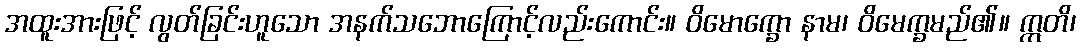
အထူးအားဖြင့် လွတ်ခြင်းဟူသော အနက်သဘောကြောင့်လည်းကောင်း။ ဝိမောက္ခော နာမ၊ ဝိမေက္ခမည်၏။ ဣတိ၊